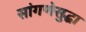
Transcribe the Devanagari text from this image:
सांगणेसुद्धा